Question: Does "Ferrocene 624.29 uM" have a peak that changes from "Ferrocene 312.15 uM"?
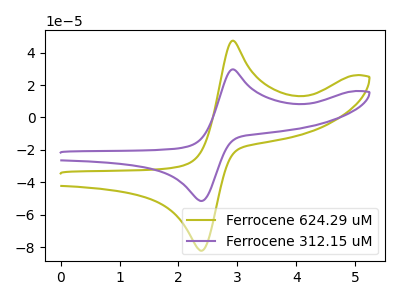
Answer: <think>The olive curve "Ferrocene 624.29 uM" has an anodic peak at (2.95V, 47.40uA) and a cathodic peak at (2.35V, -82.05uA). The purple curve "Ferrocene 312.15 uM" has an anodic peak at (2.95V, 29.70uA) and a cathodic peak at (2.35V, -51.40uA).
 All the peaks in "Ferrocene 624.29 uM" have a peak in "Ferrocene 312.15 uM" at the same potential. Every peak in "Ferrocene 624.29 uM" is higher than every peak in "Ferrocene 312.15 uM".</think>
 <answer>No, "Ferrocene 624.29 uM" and "Ferrocene 312.15 uM" don't appear to be significantly different in shape</answer>
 <eval>no_change</eval>